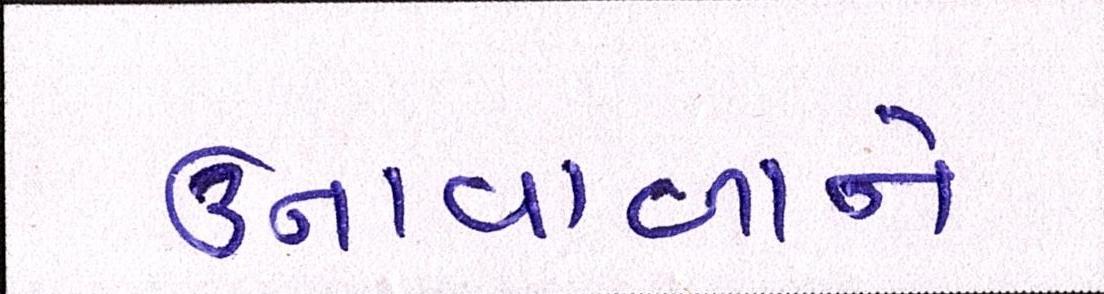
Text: ઉનાવાળાને